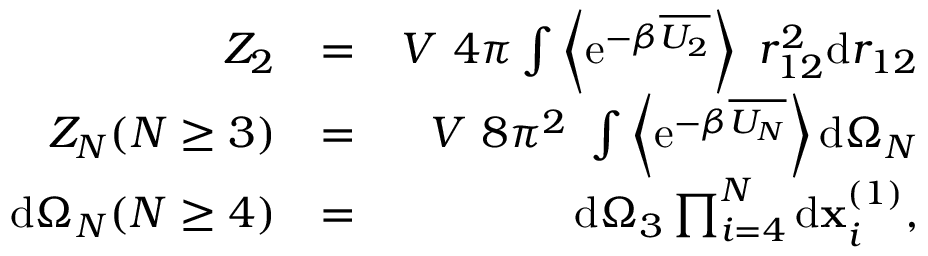
\begin{array} { r l r } { Z _ { 2 } } & { = } & { V ~ 4 \pi \int \left\langle \mathrm { e } ^ { - \beta \overline { { U _ { 2 } } } } \right\rangle ~ r _ { 1 2 } ^ { 2 } \mathrm { d } r _ { 1 2 } } \\ { Z _ { N } ( N \geq 3 ) } & { = } & { V ~ 8 \pi ^ { 2 } ~ \int \left\langle \mathrm { e } ^ { - \beta \overline { { U _ { N } } } } \right\rangle \mathrm { d } \Omega _ { N } } \\ { \mathrm { d } \Omega _ { N } ( N \geq 4 ) } & { = } & { \mathrm { d } \Omega _ { 3 } \prod _ { i = 4 } ^ { N } \mathrm { d } \mathbf { x } _ { i } ^ { ( 1 ) } , } \end{array}